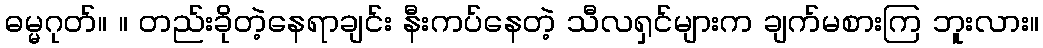
ဓမ္မဂုတ်။ ။ တည်းခိုတဲ့နေရာချင်း နီးကပ်နေတဲ့ သီလရှင်များက ချက်မစားကြ ဘူးလား။